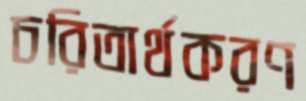
চরিতার্থকরণ